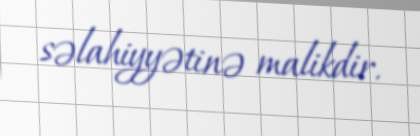
səlahiyyətinə malikdir.